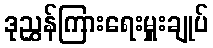
ဒုညွှန်ကြားရေးမှူးချုပ်